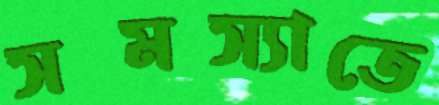
সমস্যাতে